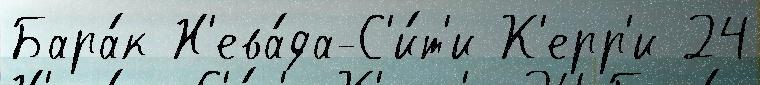
Бара́к Н'ева́да-С'и́т'и К'ерр'и 24